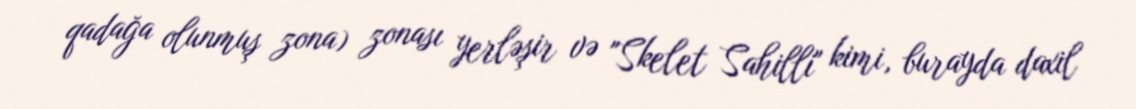
qadağa olunmuş zona) zonası yerləşir və "Skelet Sahilli" kimi, burayda daxil